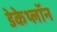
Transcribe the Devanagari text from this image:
डेकेथ्लॉन